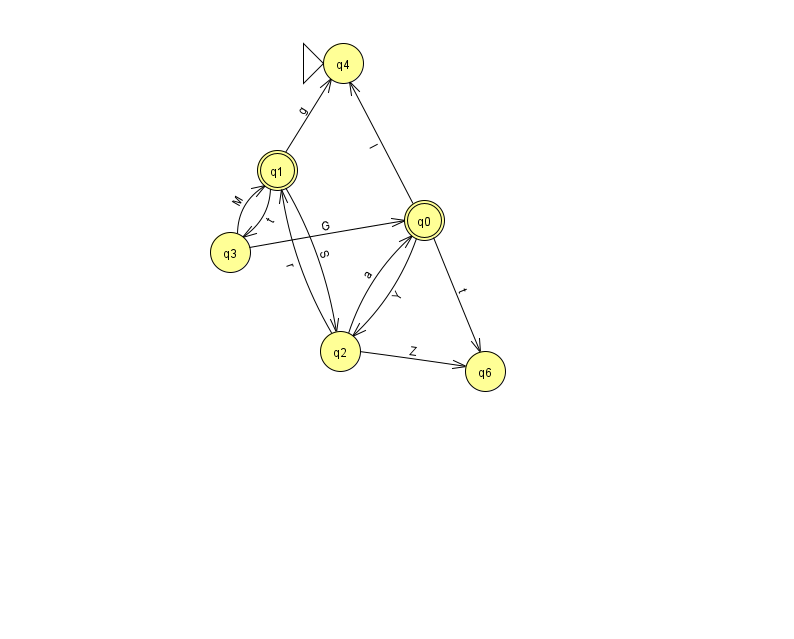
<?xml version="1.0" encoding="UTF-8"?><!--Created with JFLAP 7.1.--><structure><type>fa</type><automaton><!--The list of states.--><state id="0" name="q0"><x>424.0</x><y>207.0</y><final/></state><state id="1" name="q1"><x>277.0</x><y>157.0</y><final/></state><state id="2" name="q2"><x>340.0</x><y>338.0</y></state><state id="3" name="q3"><x>230.0</x><y>239.0</y></state><state id="4" name="q4"><x>343.0</x><y>50.0</y><initial/></state><state id="6" name="q6"><x>485.0</x><y>358.0</y></state><!--The list of transitions.--><transition><from>0</from><to>6</to><read>t</read></transition><transition><from>2</from><to>0</to><read>a</read></transition><transition><from>0</from><to>4</to><read>l</read></transition><transition><from>1</from><to>3</to><read>t</read></transition><transition><from>1</from><to>2</to><read>S</read></transition><transition><from>3</from><to>0</to><read>G</read></transition><transition><from>2</from><to>1</to><read>r</read></transition><transition><from>0</from><to>2</to><read>Y</read></transition><transition><from>3</from><to>1</to><read>M</read></transition><transition><from>2</from><to>6</to><read>Z</read></transition><transition><from>1</from><to>4</to><read>g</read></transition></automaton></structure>